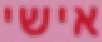
אישי